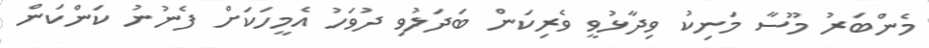
މެންބަރު މޫސާ މަނިކު ވިދާޅުވީ ވެރިކަން ބަދަލުވި ދުވަހު އެމީހަކަށް ފެނުނު ކަންކަން